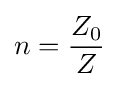
n={Z_{0} \over Z}